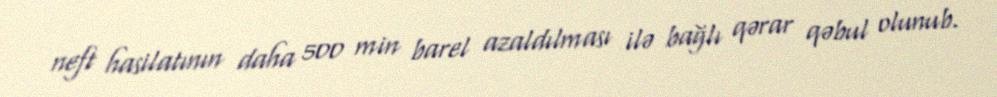
neft hasilatının daha 500 min barel azaldılması ilə bağlı qərar qəbul olunub.